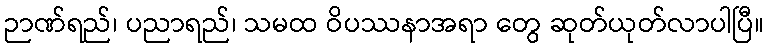
ဉာဏ်ရည်၊ ပညာရည်၊ သမထ ဝိပဿနာအရာ တွေ ဆုတ်ယုတ်လာပါပြီ။